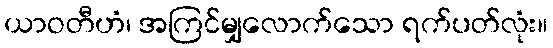
ယာဝတီဟံ၊ အကြင်မျှလောက်သော ရက်ပတ်လုံး။